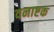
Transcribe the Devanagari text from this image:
वनाष्टक